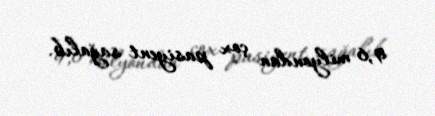
9,6 milyondan çox pasiyent sağalıb.